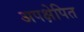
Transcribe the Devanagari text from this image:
अपक्षेपित